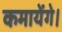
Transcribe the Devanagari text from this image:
कमायेंगे।